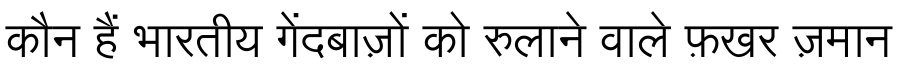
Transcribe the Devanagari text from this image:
कौन हैं भारतीय गेंदबाज़ों को रुलाने वाले फ़खर ज़मान